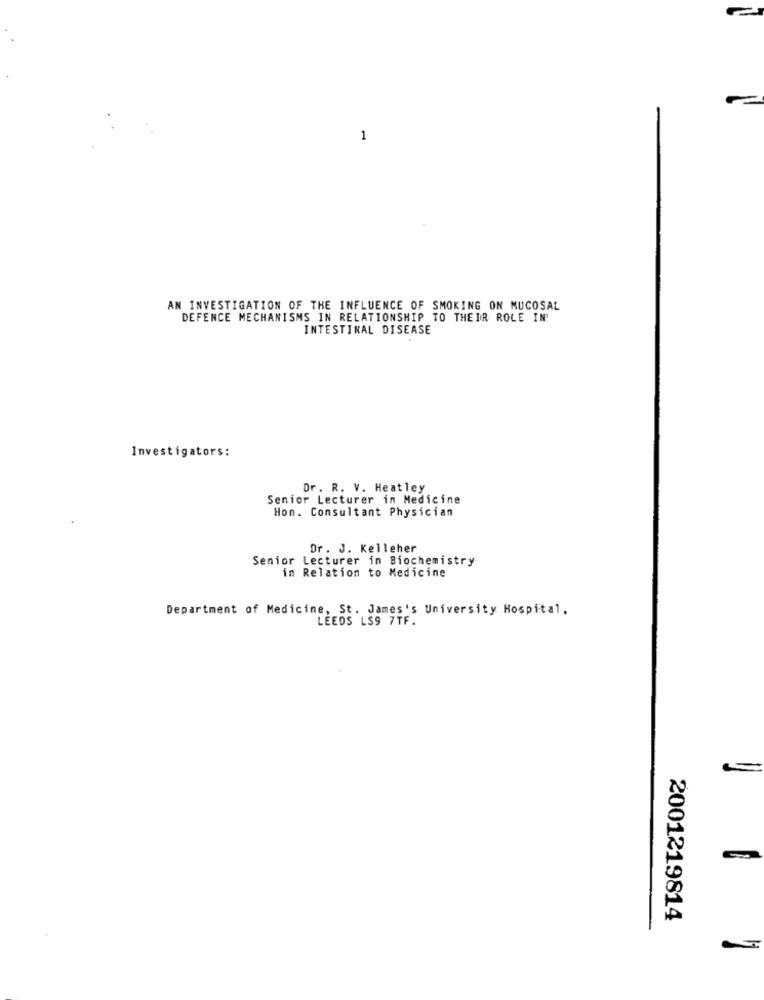
1
AN INVESTIGATION OF THE INFLUENCE OF SMOKING ON MUCOSAL
DEFENCE MECHANISMS IN RELATIONSHIP TO THEIR ROLE IN!
INTESTINAL DISEASE
Investigators:
Dr. R. V. Heatley
Senior Lecturer in Medicine
Hon. Consultant Physician
Dr. J. Kelleher
Senior Lecturer in Biochemistry
in Relation to Medicine
Department of Medicine, St. James's University Hospital,
LEEDS LS9 7TF.
C ..
2001219814